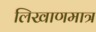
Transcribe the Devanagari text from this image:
लिखाणमात्र